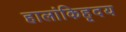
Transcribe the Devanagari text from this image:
हालांकिहृदय